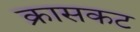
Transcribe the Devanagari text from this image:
क्रासकट